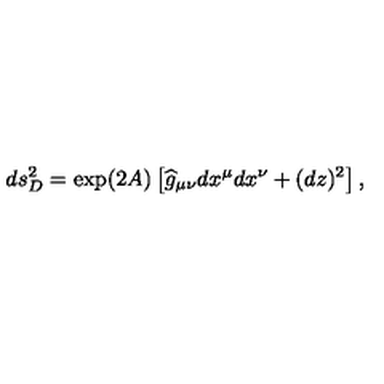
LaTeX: d s _ { D } ^ { 2 } = \exp ( 2 A ) \left[ { \widehat g } _ { \mu \nu } d x ^ { \mu } d x ^ { \nu } + ( d z ) ^ { 2 } \right] ,